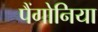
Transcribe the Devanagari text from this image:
पैंगोनिया